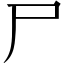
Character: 尸